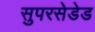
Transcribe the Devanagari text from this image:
सुपरसेडेड